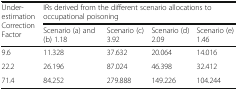
| <ROWSPAN=2> Under-estimation Correction Factor | <COLSPAN=4> IRs derived from the different scenario allocations to occupational poisoning |
 | Scenario (a) and (b) 1.18 | Scenario (c) 3.92 | Scenario (d) 2.09 | Scenario (e) 1.46 |
 | --- | --- | --- | --- | --- |
 | 9.6 | 11.328 | 37.632 | 20.064 | 14.016 |
 | 22.2 | 26.196 | 87.024 | 46.398 | 32.412 |
 | 71.4 | 84.252 | 279.888 | 149.226 | 104.244 |